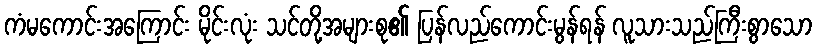
ကံမကောင်းအကြောင်း မိုင်းလုံး သင်တို့အများစု၏ ပြန်လည်ကောင်းမွန်ရန် လူသားသည်ကြီးစွာသော